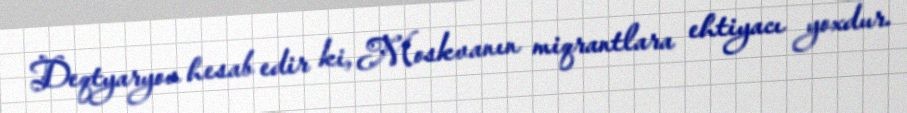
Deqtyaryov hesab edir ki, Moskvanın miqrantlara ehtiyacı yoxdur.